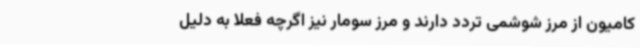
کامیون از مرز شوشمی تردد دارند و مرز سومار نیز اگرچه فعلا به دلیل